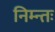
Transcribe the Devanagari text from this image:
निम्न्तः